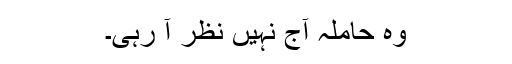
وہ حاملہ آج نہیں نظر آ رہی۔